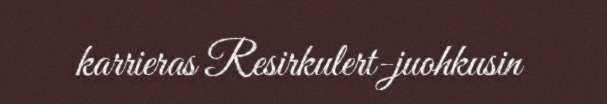
karrieras Resirkulert-juohkusin